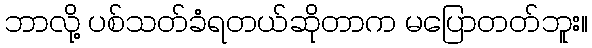
ဘာလို့ ပစ်သတ်ခံရတယ်ဆိုတာက မပြောတတ်ဘူး။